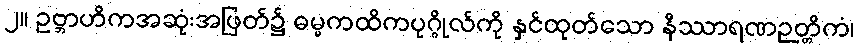
၂။ ဥဗ္ဘာဟိကအဆုံးအဖြတ်၌ ဓမ္မကထိကပုဂ္ဂိုလ်ကို နှင်ထုတ်သော နိဿာရဏဉတ္တိကံ၊